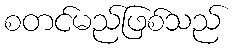
စတင်မည်ဖြစ်သည်